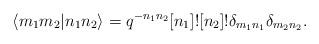
LaTeX: \begin{align*}\langle m_1m_2\vert n_1n_2\rangle = q^{-n_1n_2}[n_1]![n_2]!\delta_{m_1n_1}\delta_{m_2 n_2}.\end{align*}